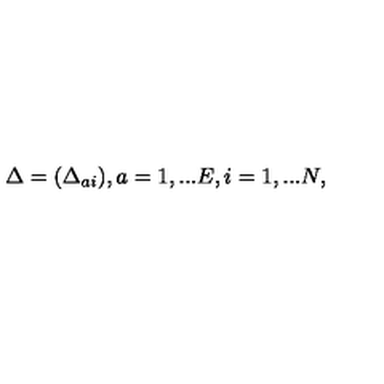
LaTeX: \Delta = ( \Delta _ { a i } ) , a = 1 , . . . E , i = 1 , . . . N ,